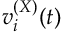
v _ { i } ^ { ( X ) } ( t )